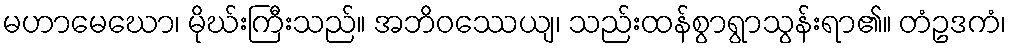
မဟာမေဃော၊ မိုဃ်းကြီးသည်။ အဘိဝဿေယျ၊ သည်းထန်စွာရွာသွန်းရာ၏။ တံဥဒကံ၊